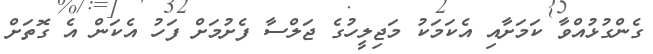
ގެންގުޅުއްވާ ކަމަށާއި އެކަމަކު މަޖިލީހުގެ ޖަލްސާ ފެށުމަށް ފަހު އެކަން އެ ގޮތަށް